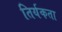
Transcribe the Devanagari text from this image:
तिर्यकता